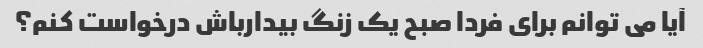
آیا می توانم برای فردا صبح یک زنگ بیدارباش درخواست کنم؟